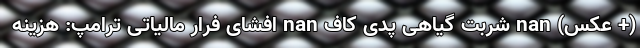
(+ عکس) nan شربت گیاهی پدی کاف nan افشای فرار مالیاتی ترامپ: هزینه